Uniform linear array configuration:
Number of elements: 32
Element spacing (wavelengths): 0.25
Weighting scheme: hamming
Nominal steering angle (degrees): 60
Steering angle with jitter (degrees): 58.669
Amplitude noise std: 0.05
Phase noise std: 0.05

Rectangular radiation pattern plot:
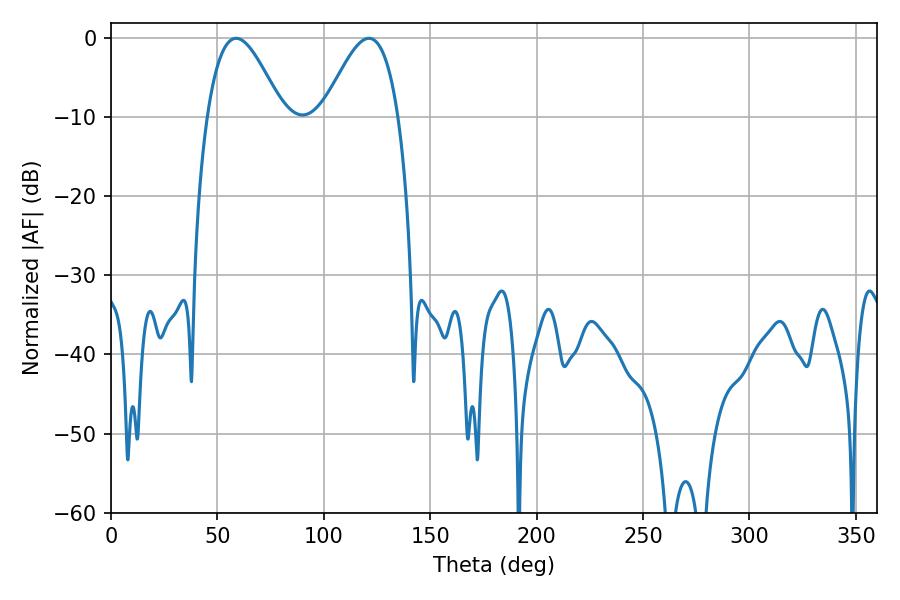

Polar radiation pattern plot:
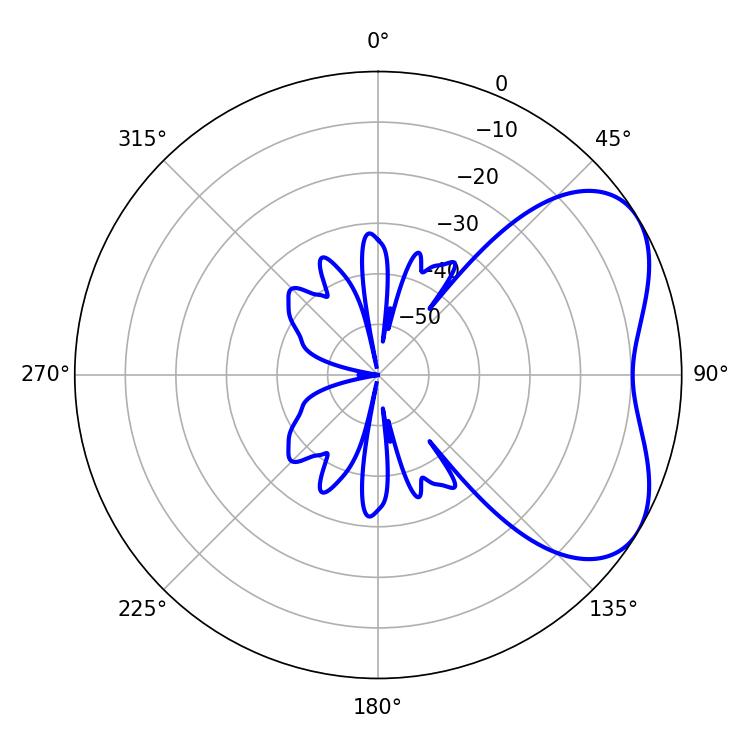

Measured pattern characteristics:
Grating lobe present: FALSE
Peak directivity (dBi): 4.835
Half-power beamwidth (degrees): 18.9
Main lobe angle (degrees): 121.14